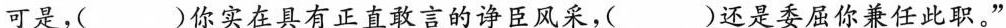
可是，( )你实在具有正直敢言的诤臣风采，( )还是委屈你兼任此职。”